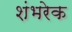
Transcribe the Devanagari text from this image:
शंभरेक